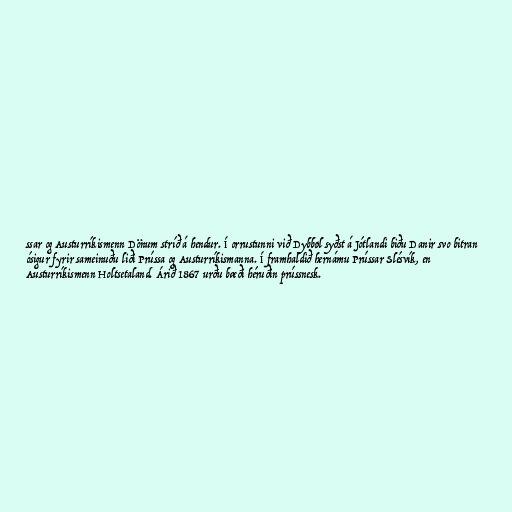
ssar og Austurríkismenn Dönum stríð á hendur. Í orrustunni við Dybbøl syðst á Jótlandi biðu Danir svo bitran
ósigur fyrir sameinuðu liði Prússa og Austurríkismanna. Í framhaldið hernámu Prússar Slésvík, en
Austurríkismenn Holtsetaland. Árið 1867 urðu bæði héruðin prússnesk.